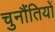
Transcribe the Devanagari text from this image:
चुनौंतियों